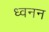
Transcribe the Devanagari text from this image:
ध्वनन